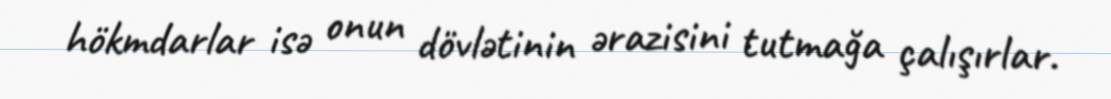
hökmdarlar isə onun dövlətinin ərazisini tutmağa çalışırlar.